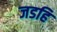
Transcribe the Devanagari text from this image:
जडहि